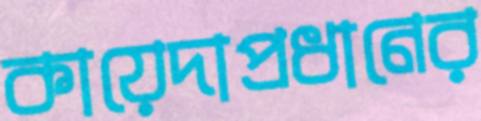
কায়েদাপ্রধানের